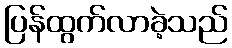
ပြန်ထွက်လာခဲ့သည်